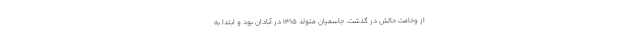
از وخامت حالش در گذشت. جاسمیان متولد ۱۳۱۵ در آبادان بود و ابتدا به